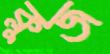
ক্লুজ